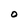
Character: O